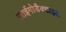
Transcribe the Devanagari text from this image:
ज़ाईगोडैक्टाइल